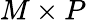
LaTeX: M\times P